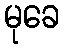
မုခေ